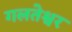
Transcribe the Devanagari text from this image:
गलतेश्वर